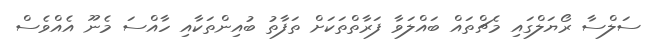
ސަލްސާ ރޯޔަލްގައި މެޗްތައް ބައްލަަވާ ފަރާތްތަކަށް ތަފާތު ބުއިންތަކާއި ހާއްސަ މެނޫ އެއްވެސް